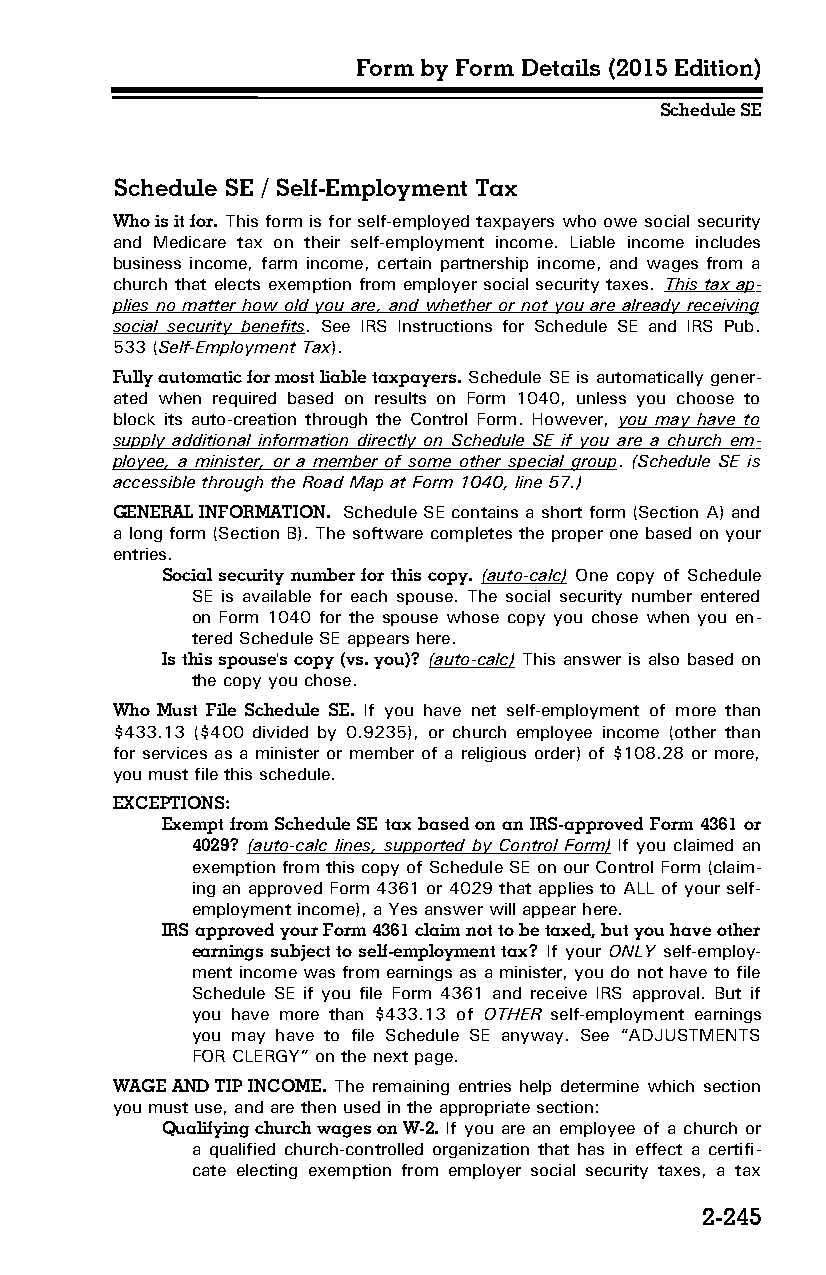
Form by Form Details (2015 Edition)
 Schedule SE
 Schedule SE / Self-Employment Tax
 Who is it for. This form is for self-employed taxpayers who owe social security
 and Medicare tax on their self-employment income. Liable income includes
 business income, farm income, certain partnership income, and wages from a
 church that elects exemption from employer social security taxes. This tax ap­
 plies no matter how old you are, and whether or not you are already receiving
 social security benefits. See IRS Instructions for Schedule SE and IRS Pub.
 533 (Self-Employment Tax).
 Fully automatic for most liable taxpayers. Schedule SE is automatically gener­
 ated when required based on results on Form 1040, unless you choose to
 block its auto-creation through the Control Form. However, you may have to
 supply additional information directly on Schedule SE if you are a church em­
 ployee, a minister, or a member of some other special group. (Schedule SE is
 accessible through the Road Map at Form 1040, line 57.)
 GENERAL INFORMATION. Schedule SE contains a short form (Section A) and
 a long form (Section B). The software completes the proper one based on your
 entries.
 Social security number for this copy. (auto-calc) One copy of Schedule
 SE is available for each spouse. The social security number entered
 on Form 1040 for the spouse whose copy you chose when you en­
 tered Schedule SE appears here.
 Is this spouse's copy (vs. you)? (auto-calc) This answer is also based on
 the copy you chose.
 Who Must File Schedule SE. If you have net self-employment of more than
 $433.13 ($400 divided by 0.9235), or church employee income (other than
 for services as a minister or member of a religious order) of $108.28 or more,
 you must file this schedule.
 EXCEPTIONS:
 Exempt from Schedule SE tax based on an IRS-approved Form 4361 or
 4029? (auto-calc lines, supported by Control Form) If you claimed an
 exemption from this copy of Schedule SE on our Control Form (claim­
 ing an approved Form 4361 or 4029 that applies to ALL of your self-
 employment income), a Yes answer will appear here.
 IRS approved your Form 4361 claim not to be taxed, but you have other
 earnings subject to self-employment tax? If your ONLY self-employ­
 ment income was from earnings as a minister, you do not have to file
 Schedule SE if you file Form 4361 and receive IRS approval. But if
 you have more than $433.13 of OTHER self-employment earnings
 you may have to file Schedule SE anyway. See “ADJUSTMENTS
 FOR CLERGY” on the next page.
 WAGE AND TIP INCOME. The remaining entries help determine which section
 you must use, and are then used in the appropriate section:
 Qualifying church wages on W-2. If you are an employee of a church or
 a qualified church-controlled organization that has in effect a certifi­
 cate electing exemption from employer social security taxes, a tax
 2-245